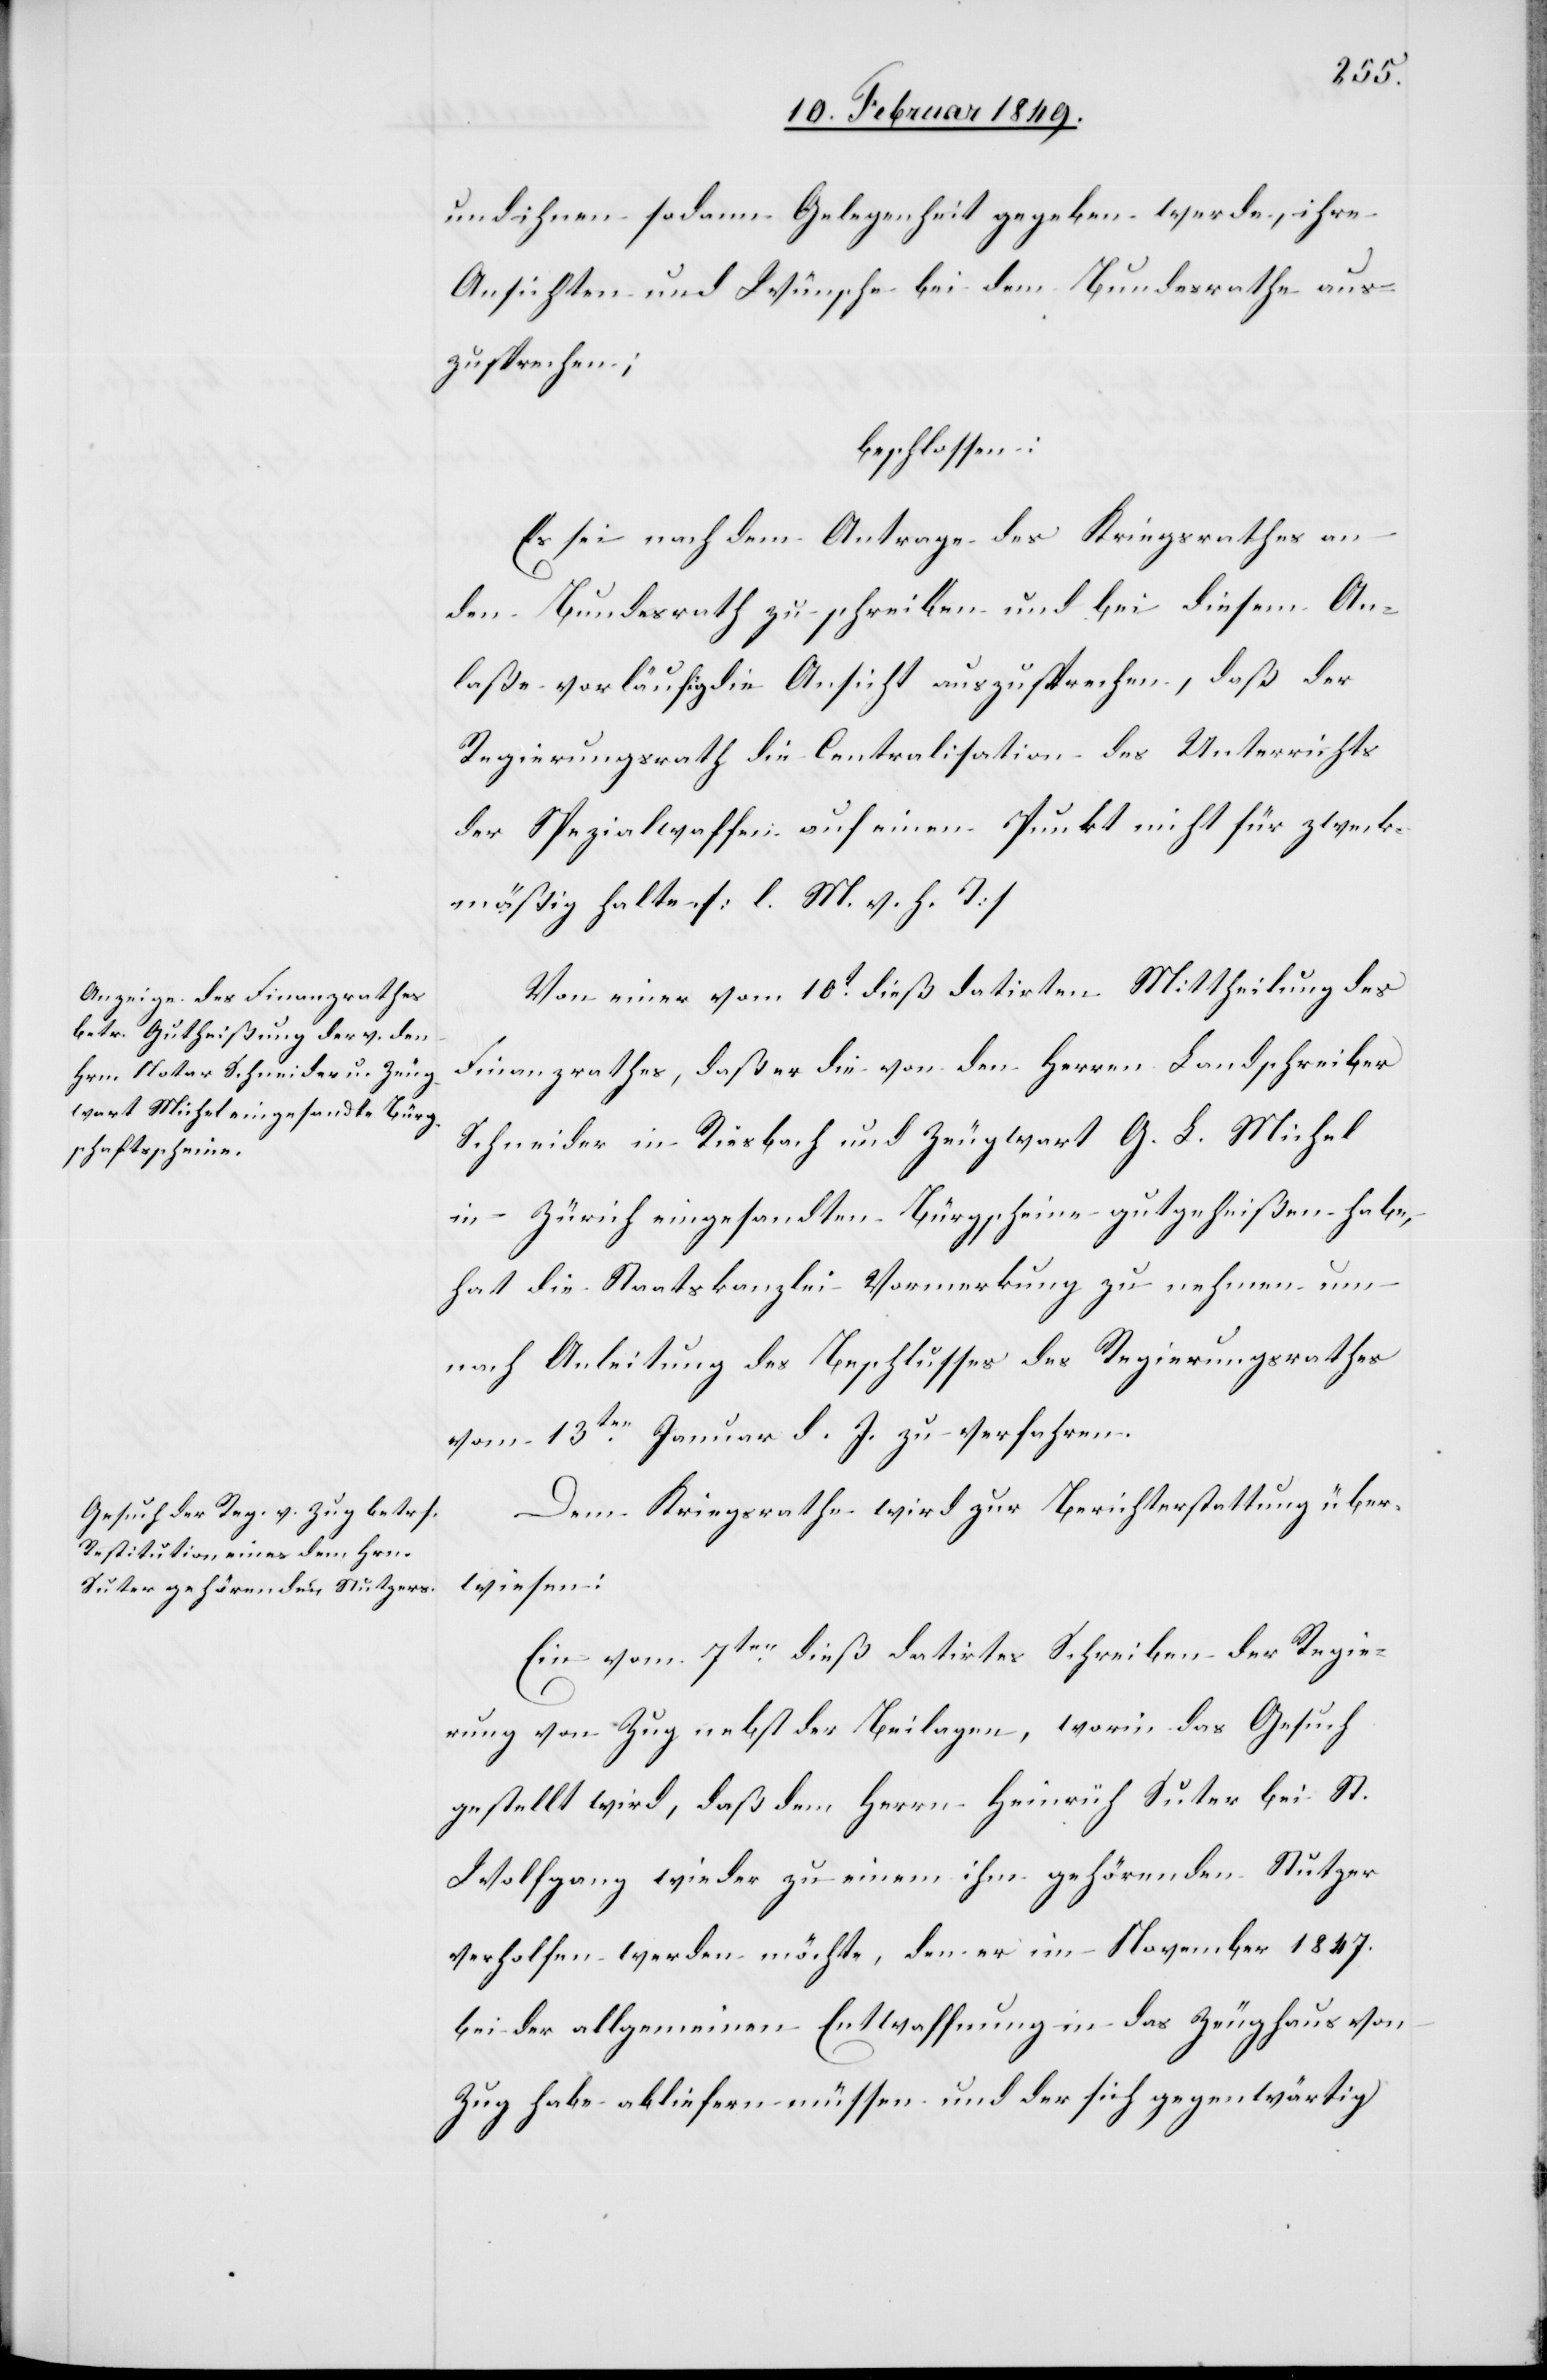
und ihnen sodann Gelegenheit gegeben werde, ihre
Ansichten und Wünsche bei dem Bundesrathe aus¬
zusprechen;
beschlossen:
Es sei nach dem Antrage des Kriegsrathes an
den Bundesrath zu schreiben und bei diesem An¬
laße vorläufig die Ansicht auszusprechen, daß der
Regierungsrath die Centralisation des Unterrichts
der Spezialwaffen auf einen Punkt nicht für zweck¬
mäßig halte. [l. M. v. h. T]
Von einer vom 10t. dieß datirten Mittheilung des
Finanzrathes, daß er die von den Herren Landschreiber
Schneider in Riesbach und Zeugwart G. L. Michel
in Zürich eingesandten Bürgscheine gutgeheißen habe,
hat die Staatskanzlei Vormerkung zu nehmen um
nach Anleitung des Beschlusses des Regierungsrathes
vom 13ten. Januar d. J. zu verfahren.
Dem Kriegsrathe wird zur Berichterstattung über¬
wiesen:
Ein vom 7ten. dieß datirtes Schreiben der Regie¬
rung von Zug nebst der Beilagen, worin das Gesuch
gestellt wird, daß dem Herrn Heinrich Suter bei St.
Wolfgang wieder zu einem ihm gehörenden Stutzer
verholfen werden möchte, den er im November 1847.
bei der allgemeinen Entwaffnung in das Zeughaus von
Zug habe abliefern müssen und der sich gegenwärtig